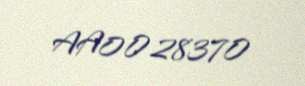
AA0028370